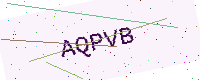
Text: AQPVB